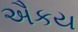
ઐકય